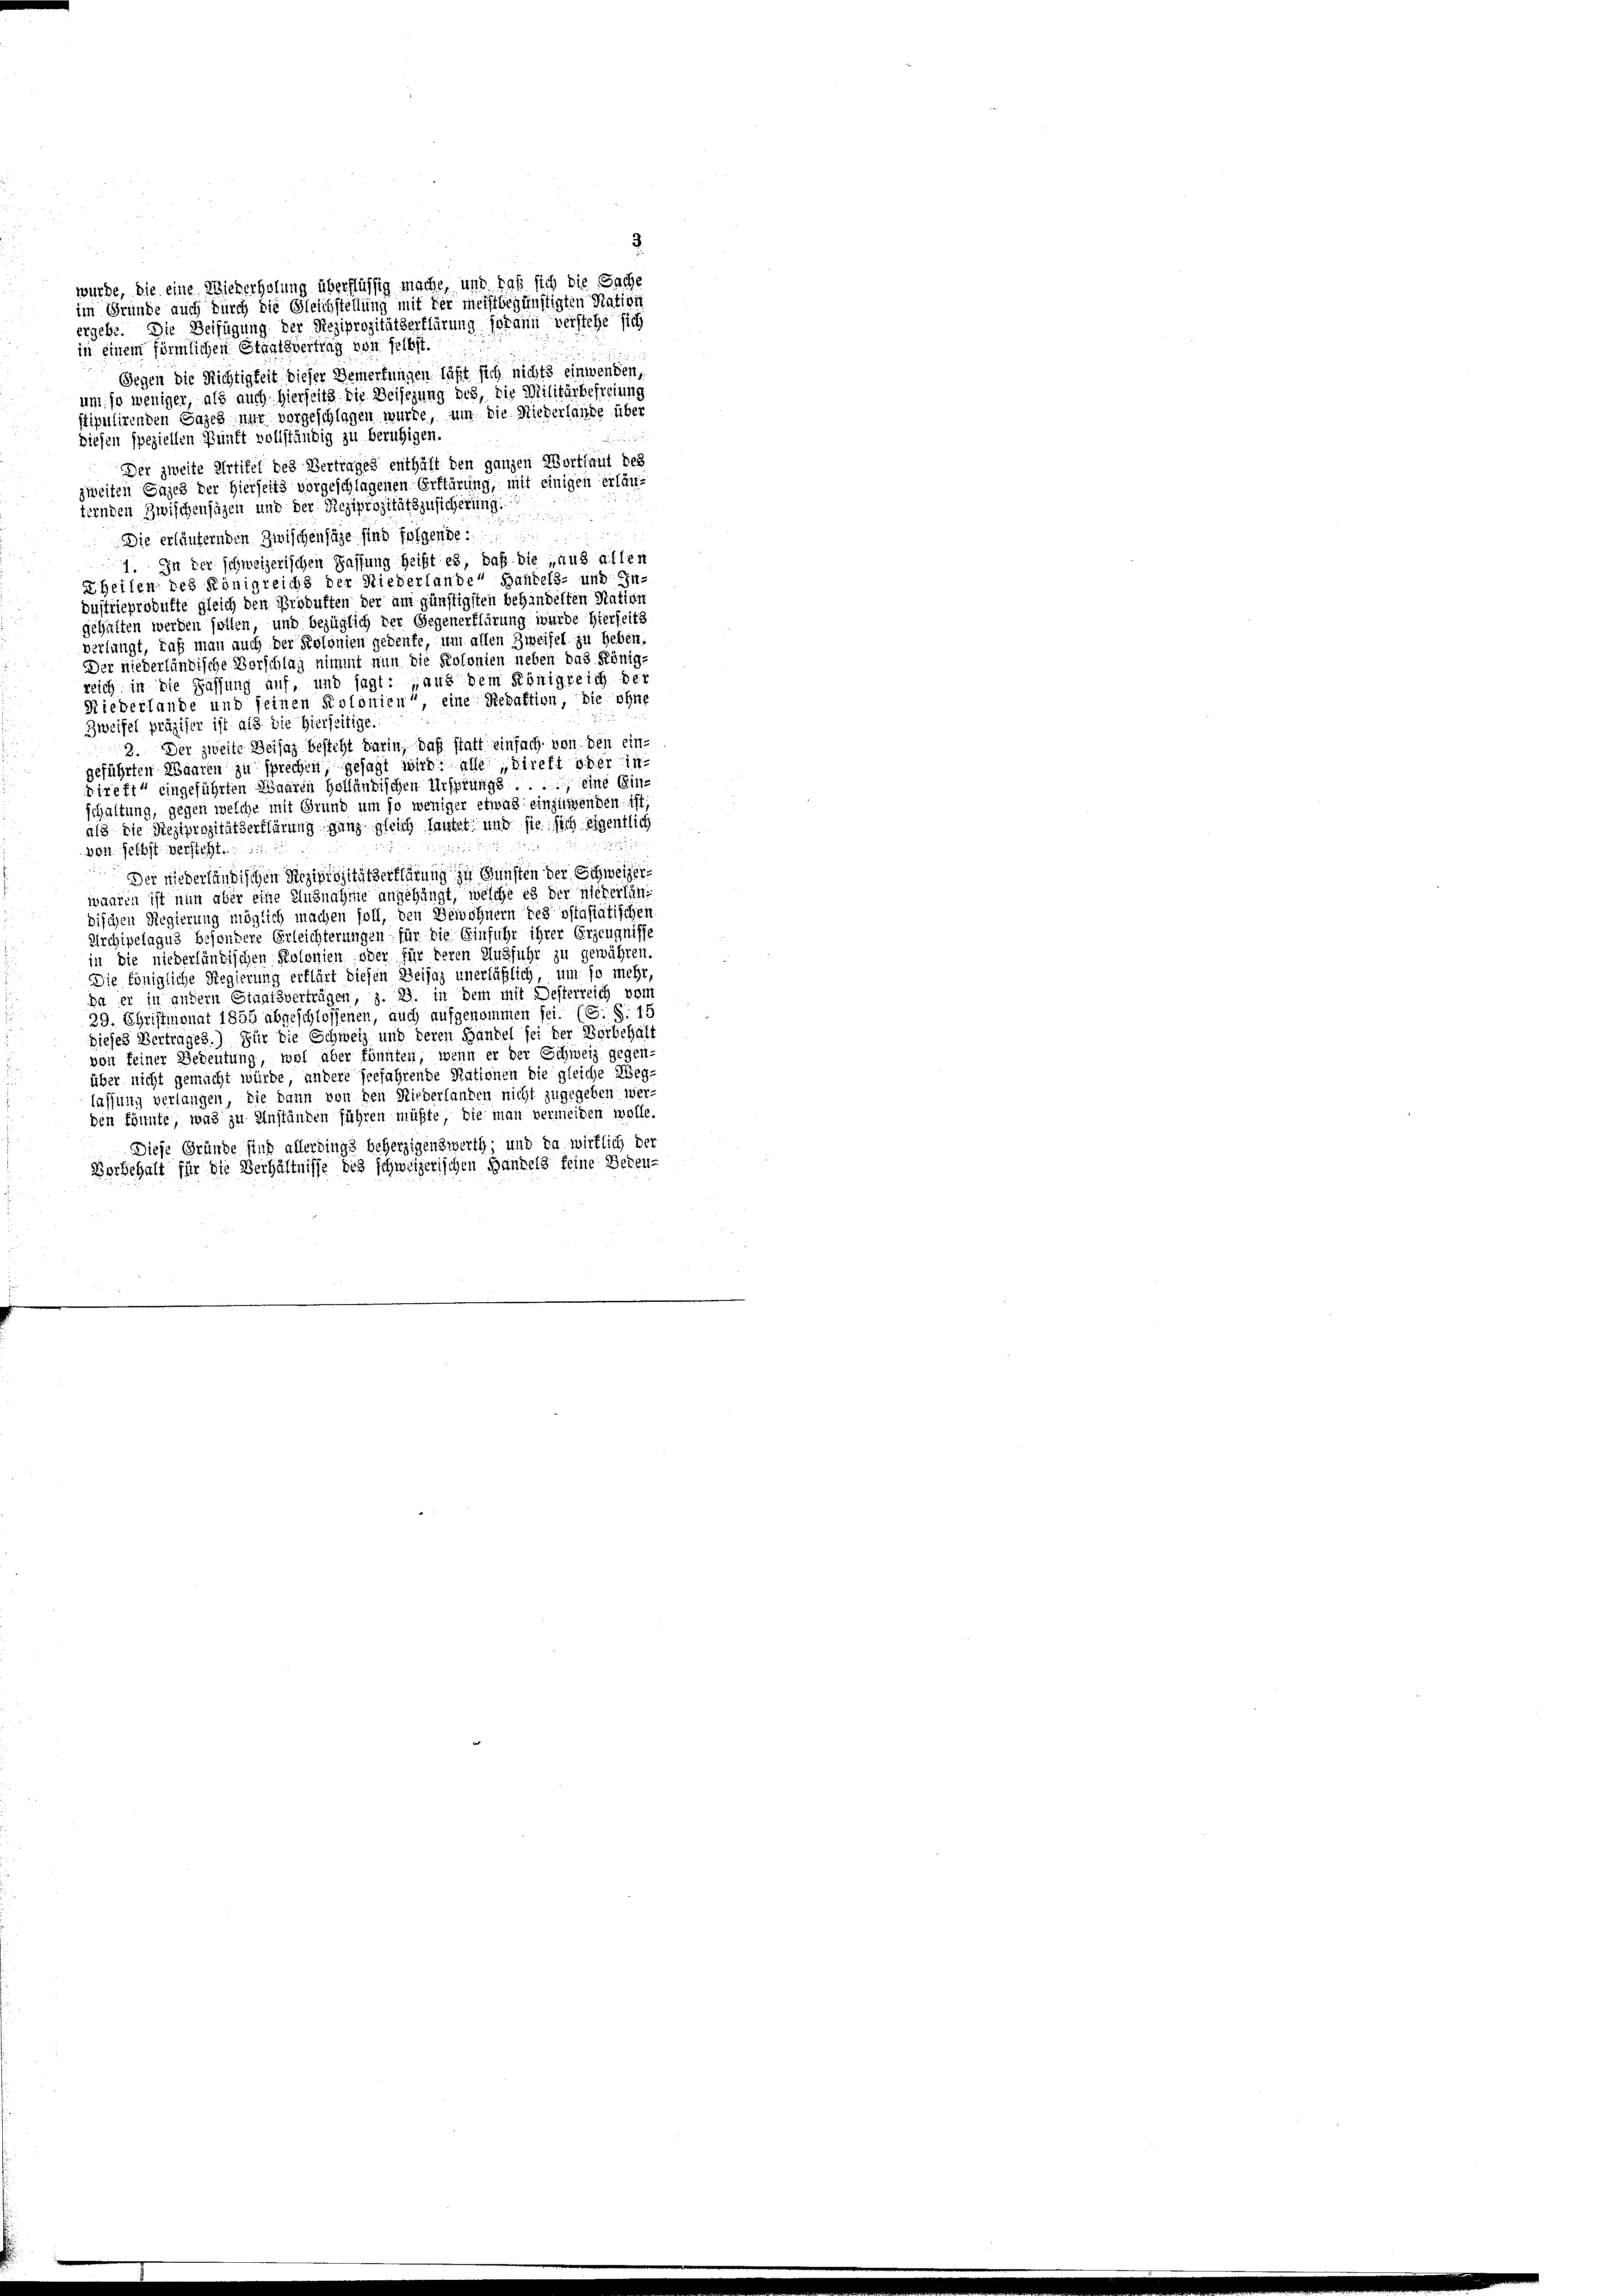
wurde, die eine Wiederholung überflüssig mache, und daß sich die Sache
im Gründe auch durch die Gleichstellung mit der meistbegünstigten Ration
ergebe. Die Beifügung der Reziprozitätserklärung Johann verstehe sich
in einem förmlichen Staatsvertrag von selbst.
Gegen die Richtigkeit dieser Bemerkungen läßt sich nichts einwenden,
um so weniger, als auch hierseits die Deisezung des, die Militärbefreiung
stipulirenden Sages nur vorgeschlagen wurde, um die Niederlaube über
diesen speziellen Punft vollständig zu beruhigen.
Der zweite Artikel des Vertrages enthält den ganzen Wortlaut des
zweiten Gages der Hierseits vorgeschlagenen Erklärung, mit einigen erlänternden Zwischenfäzen und der Reziprozitätszusicherung
Die erläufernden Zwischenhäge sind folgende
1. In der schweizerischen Fassung heißt es, daß die aus allen
Theilen des Königreichs der Niederlande Bantels- und Ein-
Dustrieprodukte gleich den Produften der am günstigsten behandelten Nation
gehalten werden sollen, und bezüglich der Gegenerklärung wurde hierseits
verlangt, daß man auch der Kolonien gedente, um allen Zweifel zu heben.
Der niederländische Vorschlag nimmt nun die Kolonien neben das Königreich in die Fassung auf, und sagt: „aus dem Königreich der
Rieberlande und seinen Kolonien“, eine Redaktion, die ohne
Zweifel präziser ist als die hierseitige.
2. Der zweite Beisaz besteht darin, daß statt einfach von den ein-
geführten Waaren zu sprechen, gesagt wird, alle direkt oder in
Bireft“ eingeführten Waaren Holländischen Ursprung ..... eine Einschaltung, gegen welche mit Grund um so weniger etwas einzinsenden ist,
als die Reziprozitätserklärung ganz gleich lautet und sie sich eigentlich
55
von selbst versteht.
Der niederländischen Rezipiszitätserklärung zu Gunsten der Schweizer
waaren ist nun aber eine Enznahme angehängt, welche es der niederländischen Regierung möglich machen soll, den Bewohnern des östasiatischen
Archipelagus besondere Erleichterungen für die Einführ ihrer Erzeugnisse
in die niederländischen Kolonien oder für deren Ausfuhr zu gewähren.
Die Königliche Regierung erklärt diesen Beisaz unerläßlich um so mehr
Da sei in andern Staatsverträgen, z. B. in dem mit Desterreich vom
9. Christimonat 1856 abgeschlossenen, auch aufgenommen fei. (S. S. 15
dieses Vertrages.) Für die Schweiz und deren Handel sei der Vorbehalt
von keiner Bedeutung, wol aber könnten, wenn er der Schweiz gegen-
über nicht gemacht würde, andere seefahrende Nationen die gleiche Weg-
lassung verlangen, die dann von den Niederlanden nicht zugegeben wer-
den könnte, was zu einständen führen müßte, die man vermeiden wolle.
Diese Gründe sind allerdings beherzigenswerth und da wirklich der
Vorbehalt für die Verhältnisse des schweizerischen Handels feine Beden-

2.